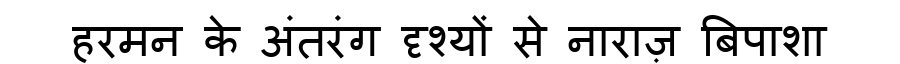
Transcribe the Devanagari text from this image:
हरमन के अंतरंग दृश्यों से नाराज़ बिपाशा